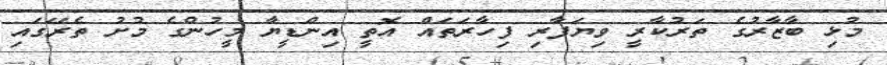
މުޅި ބާޒާރުގެ ތަރުކާރީ ވިޔަފާރި ފިހާރަތައް އޮތީ އިންޑީޔާ މީހުންގެ މުށު ތެރޭގައި